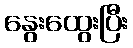
နွေးထွေးပြီး